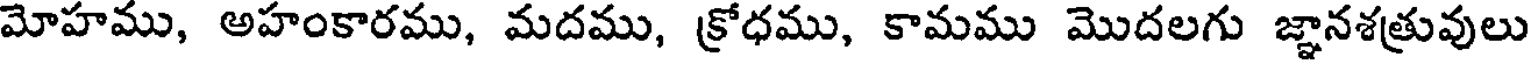
మోహము, అహంకారము, మదము, క్రోధము, కామము మొదలగు జ్ఞానశత్రువులు